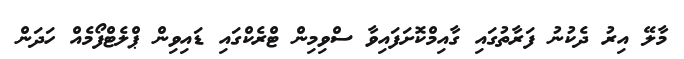
މާލޭ އިރު ދެކުނު ފަރާތުގައި ގާއިމްކޮށަފައިވާ ސްވިމިން ޓްރެކްގައި ޑައިވިން ޕްލެޓްފޯމެއް ހަދަން